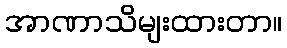
အာဏာသိမျးထားတာ။